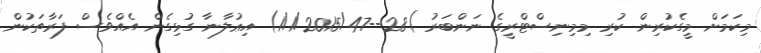
މިކަމަށް މީގެކުރިން ކުރި މިމިނިސްޓްރީގެ ނަންބަރު )28--1/1/2015/47) އިޢުލާނާ ގުޅިގެން އެއްވެސް ފަރާތަކުން